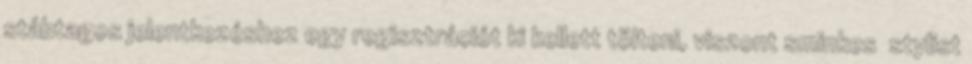
stábtagos jelentkezéshez egy regisztrációt ki kellett tölteni, viszont sminkes stylist